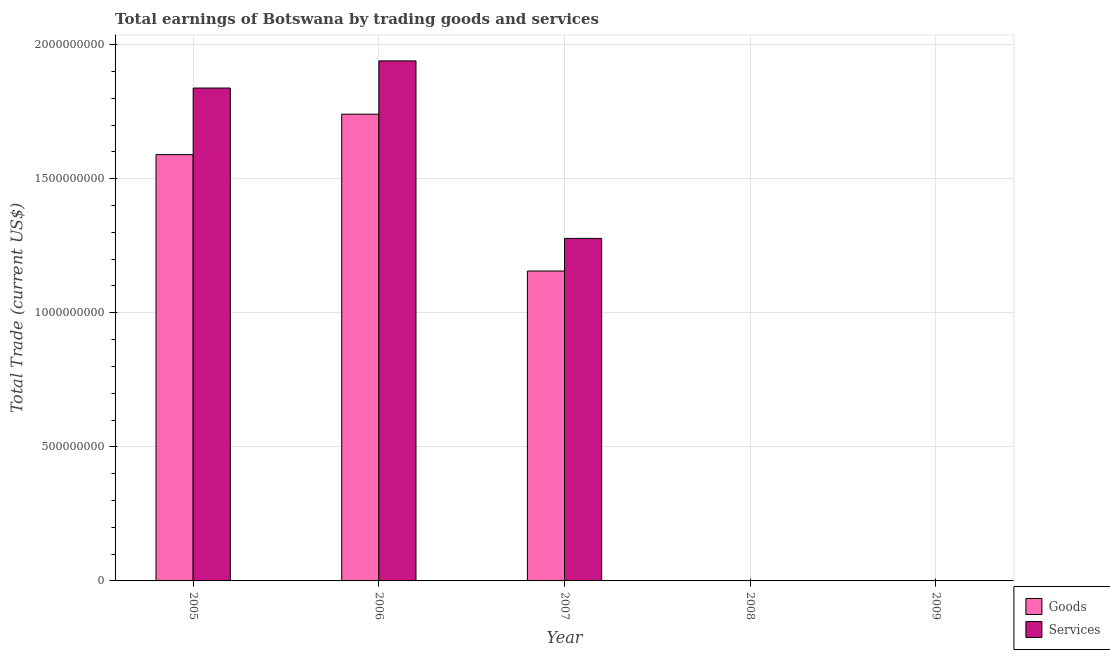
| Year | Goods | Services |
 | --- | --- | --- |
 | 2005 | 1.59e+09 | 1.84e+09 |
 | 2006 | 1.74e+09 | 1.94e+09 |
 | 2007 | 1.16e+09 | 1.28e+09 |
 | 2008 | -3.77e+08 | -5.88e+08 |
 | 2009 | -1.32e+09 | -1.75e+09 |